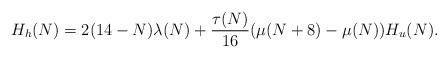
LaTeX: \begin{align*}H_h(N)=2(14-N)\lambda(N)+\frac{\tau(N)}{16}(\mu(N+8)-\mu(N))H_u(N).\end{align*}